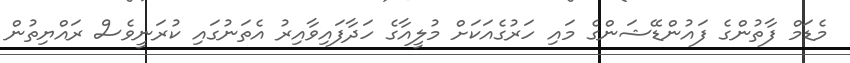
މެޑަމް ފާތުންގެ ފައުންޑޭޝަންގެ މައި ހަރުގެއަކަށް މުލީއާގެ ހަދާފައިވާއިރު އެތަނުގައި ކުރަނީވެސް ރައްޔިތުން